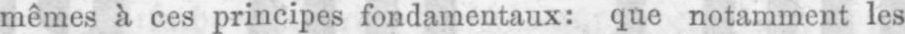
mêmes à ces principes fondamentaux: que notamment les